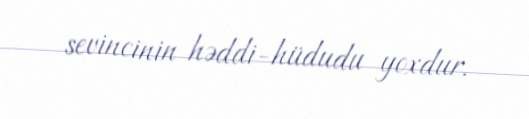
sevincinin həddi-hüdudu yoxdur.